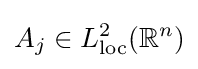
A_{j}\in L_{\text{loc}}^{2}(\mathbb {R} ^{n})